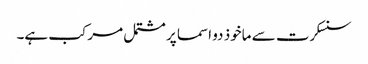
سنسکرت سے ماخوذ دو اسما پر مشتمل مرکب ہے۔